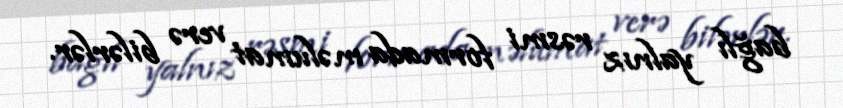
bağlı yalnız rəsmi formada məlumat verə bilərlər.